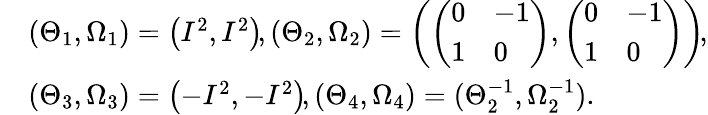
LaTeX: \begin{array}{rl}&{(\Theta_{1},\Omega_{1})=\left(I^{2},I^{2}\right)\! ,(\Theta_{2},\Omega_{2})=\left(\left(\begin{array}{ll}{0}&{-1}\\ {1}&{0}\end{array}\right),\left(\begin{array}{ll}{0}&{-1}\\ {1}&{0}\end{array}\right)\right)\! ,}\\ &{(\Theta_{3},\Omega_{3})=\left(-I^{2},-I^{2}\right)\! ,(\Theta_{4},\Omega_{4})=(\Theta_{2}^{-1},\Omega_{2}^{-1}).}\end{array}